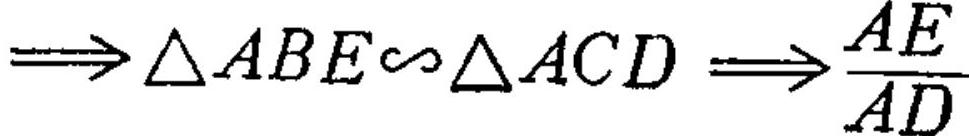
$\Longrightarrow\triangle ABE\sim\triangle ACD\Longrightarrow\frac{AE}{AD}$